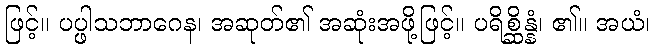
ဖြင့်။ ပပ္ဖါသဘာဂေန၊ အဆုတ်၏ အဆုံးအဖို့ဖြင့်။ ပရိစ္ဆိန္နံ၊ ၏။ အယံ၊